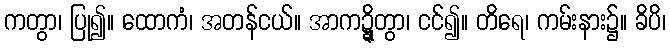
ကတွာ၊ ပြု၍။ ထောကံ၊ အတန်ငယ်။ အာကဍ္ဍ္ဎိတွာ၊ ငင်၍။ တိရေ၊ ကမ်းနား၌။ ခိပိ၊